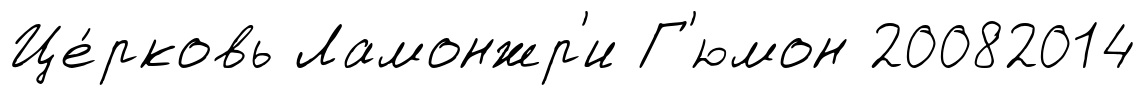
Це́рковь Ламонжр'и Г'юмон 20082014